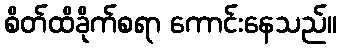
စိတ်ထိခိုက်စရာ ကောင်းနေသည်။